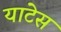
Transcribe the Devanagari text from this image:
याटेस